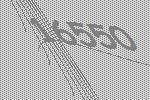
16550